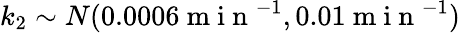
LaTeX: k_{2}\sim N(0.0006\mathrm{~m~i~n~}^{-1},0.01\mathrm{~m~i~n~}^{-1})